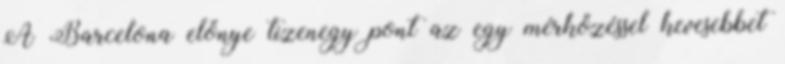
A Barcelona előnye tizenegy pont az egy mérkőzéssel kevesebbet